Vaccination North-Western Provinces and Oudh 1878-1895 - 1878-1895
Year: 1878
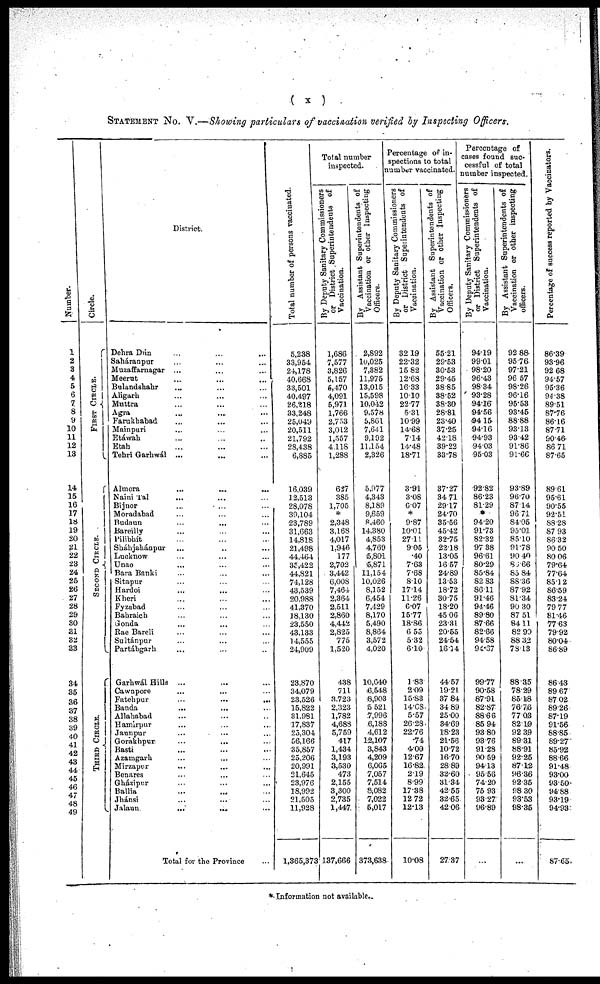
( x )
STATEMENT No. V.—Showing particulars of vaccination verified by Inspecting Officers.
Number.
1
2
3
4
5
6
7
8
9
10
11
12
13
14
15
16
17
18
19
20
21
22
23
24
25
26
27
28
29
30
31
32
33
34
35
36
37
38
39
40
41
42
43
44
45
46
47
48
49
Circle.
FIRST CIRCLE.
SECOND CIRCLE.
THIRD CIRCLE.
District.
Dehra Dún ... ... ...
Saháranpur ... ... ...
Muzaffarnagar ... ... ...
Meerut ... ... ...
Bulandshahr ... ... ...
Aligarh ... ... ...
Muttra ... ... ...
Agra ... ... ...
Farukhabad ... ... ...
Mainpuri ... ... ...
Etáwah ... ... ...
Etah ... ... ...
Tehri Garhwál ... ... ...
Almora ... ... ...
Naini Tal ... ... ...
Bijnor ... ... ...
Moradabad ... ... ...
Budaun ... ... ...
Bareilly ... ... ...
Pilibhít ... ... ...
Sháhjahánpur ... ... ...
Lucknow ... ... ...
Unao ... ... ...
Bara Banki ... ... ...
Sitapur ... ... ...
Hardoi ... ... ...
Kheri ... ... ...
Fyzabad ... ... ...
Bahraich ... ... ...
Gonda ... ... ...
Rae Bareli ... ... ...
Sultánpur ... ... ...
Partábgarh ... ... ...
Garhwál Hills ... ... ...
Cawnpore ... ... ...
Fatehpur
...
...
...
Banda ... ... ...
Allahabad ... ... ...
Hamirpur ... ... ...
Jaunpur ... ... ...
Gorakhpur ... ... ...
Basti ... ... ...
Azamgarh ... ... ...
Mirzapur ... ... ...
Benares ... ... ...
Gházipur ... ... ...
Ballia ... ... ...
Jhánsi
...
... ...
Jalaun
... ... ...
Total for the Province ...
Total number of persons vaccinated.
5,238
33,954
24,178
40,668
33,501
40,497
26,218
33,248
25,049
20,511
21,792
28,438
6,885
16,039
12,513
28,078
39,104
23,789
31,663
14,818
21,498
44,464
35,422
44,821
74,128
43,539
20,988
41,370
18,130
23,550
43,133
14,555
24,909
23,870
34,079
23,526
15,822
31,981
17,837
25,304
56,166
35,857
25,206
20,991
21,645
23,976
18,992
21,505
11,928
1,365,373
Total number
inspected.
By Deputy Sanitary Commissioners
or District Superintendents of
Vaccination.
1,686
7,577
3,826
5,157
6,470
4,091
5,971
1,766
2,753
3,012
1,557
4,118
1,288
627
385
1,705
*
2,348
3,168
4,017
1,946
177
2,702
3,442
6,008
7,464
2,364
2,511
2,860
4,442
2,825
775
1,520
438
711
3,723
2,323
1,782
4,688
5,759
417
1,434
3,193
3,530
473
2,155
3,300
2,735
1,447
137,666
By Assistant Superintendents of
Vaccination or other Inspecting
Officers.
2,892
10,025
7,382
11,975
13,015
15,598
10,042
9,578
5,861
7,641
9,192
11,154
2,326
5,977
4,343
8,189
9,659
8,460
14,380
4,853
4,769
5,801
5,871
11,154
10,026
8,152
6,454
7,429
8,170
5,490
8,864
3,572
4,020
10,640
6,548
8,903
5,521
7,996
6,188
4,612
12,107
3,843
4,209
6,065
7,057
7,514
8,082
7,022
5,017
373,638
Percentage of in-
spections to total
number vaccinated.
By Deputy Sanitary Commissioners
or District Superintendents of
Vaccination.
32.19
22.32
15.82
12.68
16.33
10.10
22.77
5.31
10.99
14.68
7.14
14.48
18.71
3.91
3.08
6.07
*
9.87
10.01
27.11
9.05
.40
7.63
7.68
8.10
17.14
11.26
6.07
15.77
18.86
6.55
5.32
6.10
1.83
2.09
15.83
14.68
5.57
26.28
22.76
.74
4.00
12.67
16.82
2.19
8.99
17.38
12.72
12.13
10.08
By Assistant Superintendents of
Vaccination or other Inspecting
Officers.
55.21
29.53
30.53
29.45
38.85
38.52
38.30
28.81
23.40
37.25
42.18
39.22
33.78
37.27
34.71
29.17
24.70
35.56
45.42
32.75
22.18
13.05
16.57
24.89
13.53
18.72
30.75
18.20
45.06
23.31
20.55
24.54
16.34
44.57
19.21
37.84
34.89
25.00
34.69
18.23
21.56
10.72
16.70
28.89
32.60
31.34
42.55
32.65
42.06
27.37
Percentage of
cases found suc¬
cessful of total
number inspected.
By Deputy Sanitary Commissioners
or District Superintendents of
Vaccination.
94.19
99.01
98.20
96.43
98.34
93.28
94.16
94.56
94.15
94.16
94.93
94.03
95.03
92.82
86.23
81.29
*
94.20
91.73
82.32
97.38
96.61
80.29
85.84
82 83
86.11
91.46
94.46
89.80
87.66
82.66
94.58
94.37
99.77
90.58
87.91
82.87
88.66
85.94
93.80
93.76
91.28
90.59
94.13
95.56
74.20
75.93
93.27
96.89
...
By Assistant Superintendents of
Vaccination or other inspecting
officers.
92.88
95.76
97.21
96.57
98.26
96.16
95.53
93.45
88.88
93.13
93.42
91.86
91.66
93.89
96.70
87.14
96.71
84.05
95.01
85.10
91.78
90.40
86.66
85.84
88.36
87.92
81.34
90.30
87.51
84.11
82.90
88.32
78.13
88.35
78.29
85.18
76.76
77.03
82.19
92 39
89.31
88.91
92.25
87.12
96.36
92.35
98 30
93.53
98.35
...
Percentage of success reported by Vaccinators.
86.39
93.96
92.68
94.57
95.36
94.38
89.51
87.76
86.16
87.71
90.46.
86.71
87.65
89.61
95.61
90.55
92.51
88.28
87.93
86.32
90.50
80.06
79.64
77.64
85.12
86.59
83.24
79.77
81.46
77.63
79.92
80.04
86.89
86.43
89.67
87.02
89.26
87.19
91.56
88.85
89.27
85.92
88.66
91.48
93.00
93.50
94.88
93.19
94.93
87.65
* Information not available.